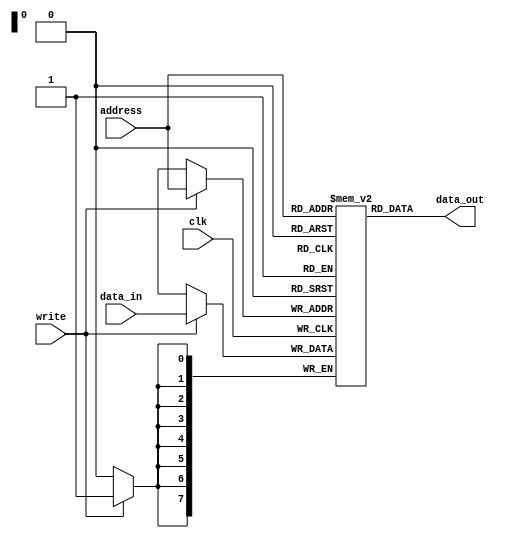
module Memory_Unit (data_out, data_in, address, clk, write);
  parameter word_size = 8;
  parameter memory_size = 256;

  output [word_size-1: 0] data_out;
  input [word_size-1: 0] data_in;
  input [word_size-1: 0] address;
  input clk, write;
  reg [word_size-1: 0] memory [memory_size-1: 0];

  assign data_out = memory[address];

  always @ (posedge clk)
    if (write) memory[address] = data_in;
	 
endmodule